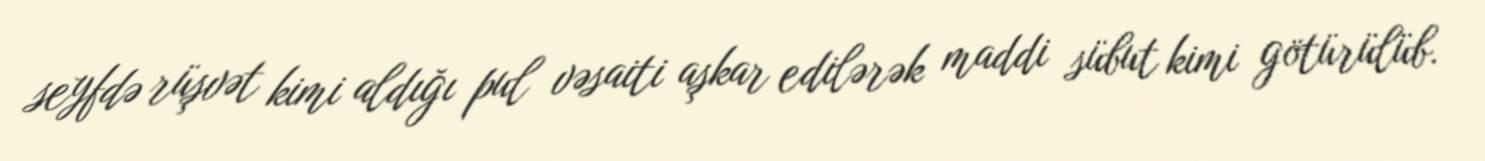
seyfdə rüşvət kimi aldığı pul vəsaiti aşkar edilərək maddi sübut kimi götürülüb.